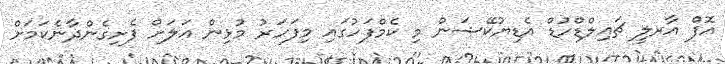
އޮފް އާރލީ ޗައިލްޑްހުޑް އެޑިޔުކޭޝަން މި ކެމްފަހުގައި މިފަހަރު މުޅިން އަލަށް ފެށިގެންދާނެކަމަށް